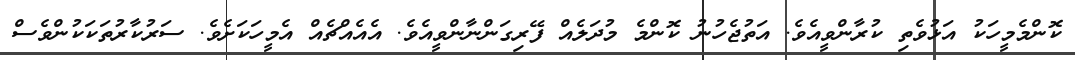
ކޮންމެމީހަކު އަޅުވެތި ކުރާންވީއެވެ. އަތުޖެހުނު ކޮންމެ މުދަލެއް ފޭރިގަންނާންވީއެވެ. އެއެއްޗެއް އެމީހަކަށެވެ. ސަރުކާރުތަކަކުންވެސް